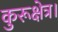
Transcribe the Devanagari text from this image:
कुरूक्षेत्र।